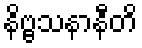
နိဗ္ဗသနာနီတိ